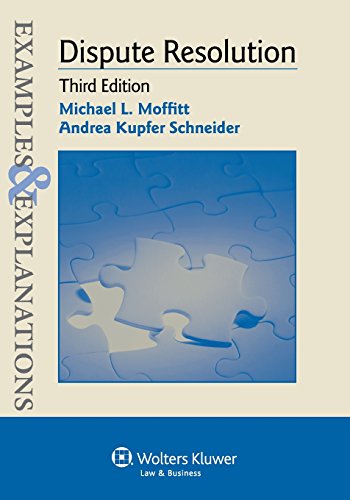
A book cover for Examples & Explanations: Dispute Resolution; Andrea Kupfer Schneider; Law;